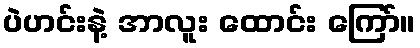
ပဲဟင်းနဲ့ အာလူး ထောင်း ကြော်။